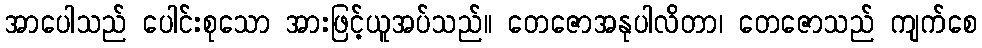
အာပေါသည် ပေါင်းစုသော အားဖြင့်ယူအပ်သည်။ တေဇောအနုပါလိတာ၊ တေဇောသည် ကျက်စေ